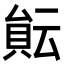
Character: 𧶀